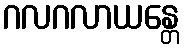
ဂလဂလာယန္တေ